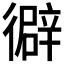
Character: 𢕾